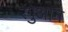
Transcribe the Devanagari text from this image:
रंगुआन